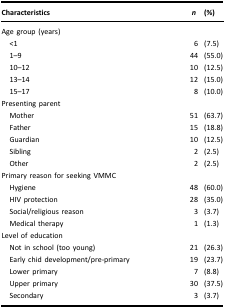
<table><thead><tr><td><b>Characteristics</b></td><td><b><i>n</i></b></td><td><b>(%)</b></td></tr></thead><tbody><tr><td>Age group (years)</td><td> </td><td> </td></tr><tr><td> &lt;1</td><td>6</td><td>(7.5)</td></tr><tr><td> 1–9</td><td>44</td><td>(55.0)</td></tr><tr><td> 10–12</td><td>10</td><td>(12.5)</td></tr><tr><td> 13–14</td><td>12</td><td>(15.0)</td></tr><tr><td> 15–17</td><td>8</td><td>(10.0)</td></tr><tr><td>Presenting parent</td><td> </td><td> </td></tr><tr><td> Mother</td><td>51</td><td>(63.7)</td></tr><tr><td> Father</td><td>15</td><td>(18.8)</td></tr><tr><td> Guardian</td><td>10</td><td>(12.5)</td></tr><tr><td> Sibling</td><td>2</td><td>(2.5)</td></tr><tr><td> Other</td><td>2</td><td>(2.5)</td></tr><tr><td>Primary reason for seeking VMMC</td><td> </td><td> </td></tr><tr><td> Hygiene</td><td>48</td><td>(60.0)</td></tr><tr><td> HIV protection</td><td>28</td><td>(35.0)</td></tr><tr><td> Social/religious reason</td><td>3</td><td>(3.7)</td></tr><tr><td> Medical therapy</td><td>1</td><td>(1.3)</td></tr><tr><td>Level of education</td><td> </td><td> </td></tr><tr><td> Not in school (too young)</td><td>21</td><td>(26.3)</td></tr><tr><td> Early chid development/pre-primary</td><td>19</td><td>(23.7)</td></tr><tr><td> Lower primary</td><td>7</td><td>(8.8)</td></tr><tr><td> Upper primary</td><td>30</td><td>(37.5)</td></tr><tr><td> Secondary</td><td>3</td><td>(3.7)</td></tr></tbody></table>